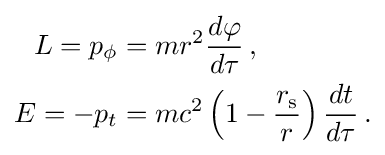
{\begin{aligned}L=p_{\phi }&=mr^{2}{\frac {d\varphi }{d\tau }}\,,\\E=-p_{t}&=mc^{2}\left(1-{\frac {r_{\text{s}}}{r}}\right){\frac {dt}{d\tau }}\,.\end{aligned}}